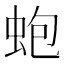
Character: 蚫